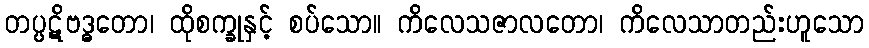
တပ္ပဋိဗဒ္ဓတော၊ ထိုစက္ခုနှင့် စပ်သော။ ကိလေသဇာလတော၊ ကိလေသာတည်းဟူသော